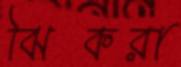
ঝিকরা